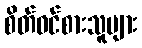
စိတ်ဝင်စားသူများ